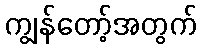
ကျွန်တော့်အတွက်